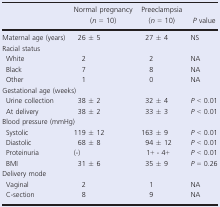
<table><thead><tr><td></td><td><b>Normal pregnancy (<i>n</i> = 10)</b></td><td><b>Preeclampsia (<i>n</i> = 10)</b></td><td><b><i>P</i> value</b></td></tr></thead><tbody><tr><td>Maternal age (years)</td><td>26 ± 5</td><td>27 ± 4</td><td>NS</td></tr><tr><td colspan="4">Racial status</td></tr><tr><td>White</td><td>2</td><td>2</td><td>NA</td></tr><tr><td>Black</td><td>7</td><td>8</td><td>NA</td></tr><tr><td>Other</td><td>1</td><td>0</td><td>NA</td></tr><tr><td colspan="4">Gestational age (weeks)</td></tr><tr><td>Urine collection</td><td>38 ± 2</td><td>32 ± 4</td><td><i>P</i> &lt; 0.01</td></tr><tr><td>At delivery</td><td>38 ± 2</td><td>33 ± 3</td><td><i>P</i> &lt; 0.01</td></tr><tr><td colspan="4">Blood pressure (mmHg)</td></tr><tr><td>Systolic</td><td>119 ± 12</td><td>163 ± 9</td><td><i>P</i> &lt; 0.01</td></tr><tr><td>Diastolic</td><td>68 ± 8</td><td>94 ± 12</td><td><i>P</i> &lt; 0.01</td></tr><tr><td>Proteinuria</td><td>(‐)</td><td>1+ ‐ 4+</td><td><i>P</i> &lt; 0.01</td></tr><tr><td>BMI</td><td>31 ± 6</td><td>35 ± 9</td><td><i>P</i> = 0.26</td></tr><tr><td colspan="4">Delivery mode</td></tr><tr><td>Vaginal</td><td>2</td><td>1</td><td>NA</td></tr><tr><td>C‐section</td><td>8</td><td>9</td><td>NA</td></tr></tbody></table>